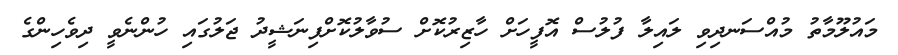
މައުލޫމާތު މުއްސަނދިވި ލައިލާ ފުލުސް އޮފީހަށް ހާޒިރުކޮށް ސުވާލުކޮށްފިނަޝީދު ޖަލުގައި ހުންނެވީ ދިވެހިންގެ